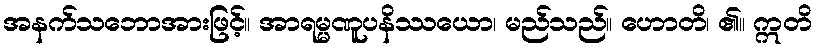
အနက်သဘောအားဖြင့်။ အာရမ္မဏူပနိဿယော၊ မည်သည်။ ဟောတိ၊ ၏။ ဣတိ